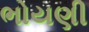
ભોયણી